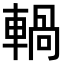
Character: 𨍋